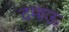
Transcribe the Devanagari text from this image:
दमाऊ